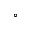
^ \circ